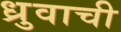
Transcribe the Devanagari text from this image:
ध्रुवाची